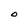
Character: O